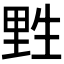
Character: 𰢮